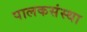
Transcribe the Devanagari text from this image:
पालकसंस्था